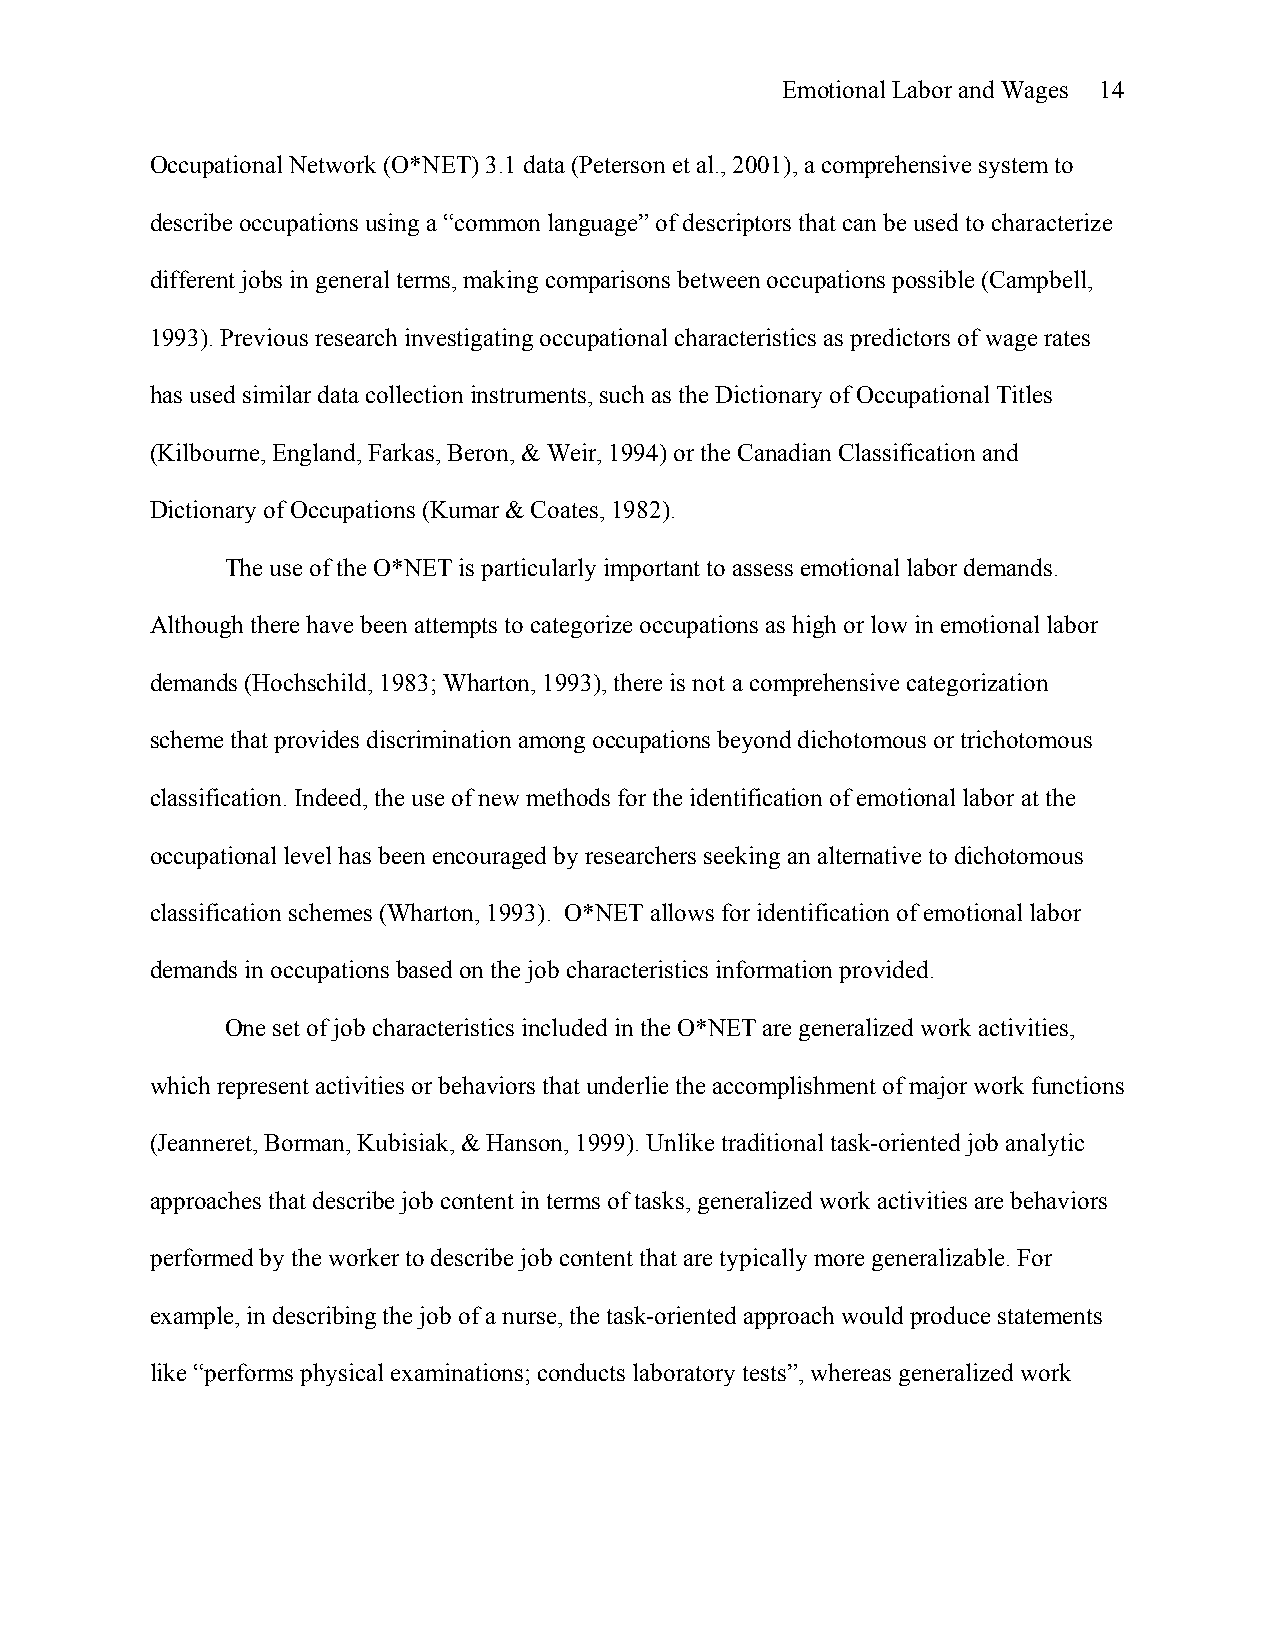
Emotional Labor and Wages 14
 Occupational Network (O*NET) 3.1 data (Peterson et al., 2001), a comprehensive system to
 describe occupations using a “common language” of descriptors that can be used to characterize
 different jobs in general terms, making comparisons between occupations possible (Campbell,
 1993). Previous research investigating occupational characteristics as predictors of wage rates
 has used similar data collection instruments, such as the Dictionary of Occupational Titles
 (Kilbourne, England, Farkas, Beron, & Weir, 1994) or the Canadian Classification and
 Dictionary of Occupations (Kumar & Coates, 1982).
 The use of the O*NET is particularly important to assess emotional labor demands.
 Although there have been attempts to categorize occupations as high or low in emotional labor
 demands (Hochschild, 1983; Wharton, 1993), there is not a comprehensive categorization
 scheme that provides discrimination among occupations beyond dichotomous or trichotomous
 classification. Indeed, the use of new methods for the identification of emotional labor at the
 occupational level has been encouraged by researchers seeking an alternative to dichotomous
 classification schemes (Wharton, 1993). O*NET allows for identification of emotional labor
 demands in occupations based on the job characteristics information provided.
 One set of job characteristics included in the O*NET are generalized work activities,
 which represent activities or behaviors that underlie the accomplishment of major work functions
 (Jeanneret, Borman, Kubisiak, & Hanson, 1999). Unlike traditional task-oriented job analytic
 approaches that describe job content in terms of tasks, generalized work activities are behaviors
 performed by the worker to describe job content that are typically more generalizable. For
 example, in describing the job of a nurse, the task-oriented approach would produce statements
 like “performs physical examinations; conducts laboratory tests”, whereas generalized work